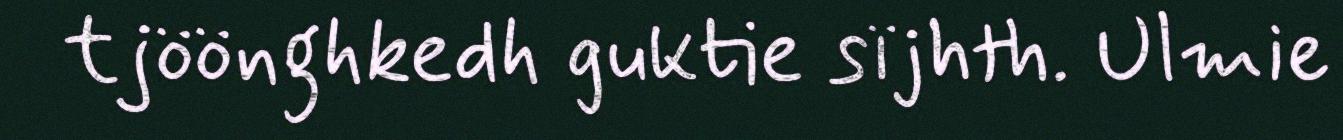
tjöönghkedh guktie sïjhth. Ulmie